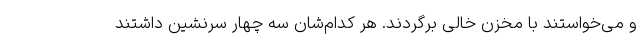
و می‌خواستند با مخزن خالی برگردند. هر کدام‌شان سه چهار سرنشین داشتند